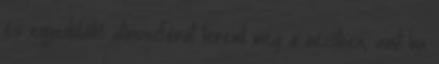
és egyedülálló atmoszférát teremt meg a nézőben, amit ha